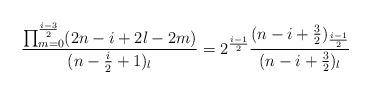
LaTeX: \begin{align*}&\frac{\prod_{m=0}^{\frac{i-3}{2}}(2n-i+2l-2m)}{(n-\frac{i}{2}+1)_l}=2^{\frac{i-1}{2}}\frac{(n-i+\frac{3}{2})_{\frac{i-1}{2}}}{(n-i+\frac{3}{2})_l}\end{align*}